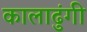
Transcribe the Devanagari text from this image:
कालाढुंगी